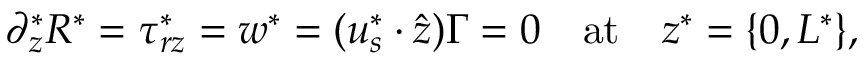
\partial _ { z } ^ { * } R ^ { * } = \tau _ { r z } ^ { * } = w ^ { * } = ( \boldsymbol { u } _ { s } ^ { * } \cdot \boldsymbol { \hat { z } } ) \Gamma = 0 \quad \mathrm { a t } \quad z ^ { * } = \{ 0 , L ^ { * } \} ,